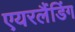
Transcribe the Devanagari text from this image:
एयरलैंडिंग